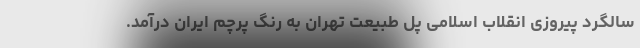
سالگرد پیروزی انقلاب اسلامی پل طبیعت تهران به رنگ پرچم ایران درآمد.